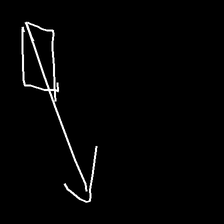
Glyph: focus